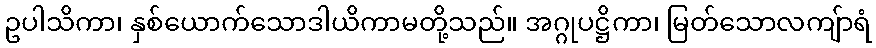
ဥပါသိကာ၊ နှစ်ယောက်သောဒါယိကာမတို့သည်။ အဂ္ဂုပဋ္ဌိကာ၊ မြတ်သောလကျ်ာရံ